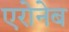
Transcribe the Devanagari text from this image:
एरोनेब